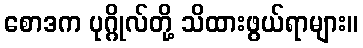
စောဒက ပုဂ္ဂိုလ်တို့ သိထားဖွယ်ရာများ။